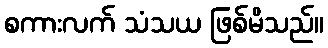
စကားလက် သံသယ ဖြစ်မိသည်။